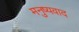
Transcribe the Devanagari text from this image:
मनुष्यवाद